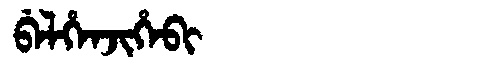
Manchu: ᠪᡝᠯᡥᡝᠨᠵᡳᡥᡝᠪᡳ
Romanization: BELHENJIHEBI